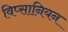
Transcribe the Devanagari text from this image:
विप्सानियन